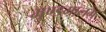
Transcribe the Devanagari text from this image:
मुण्डमालम्